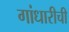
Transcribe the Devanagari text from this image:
गांधारीची